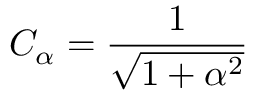
C _ { \alpha } = \frac { 1 } { \sqrt { 1 + \alpha ^ { 2 } } }